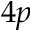
4 p